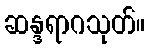
ဆန္ဒရာဂသုတ်။